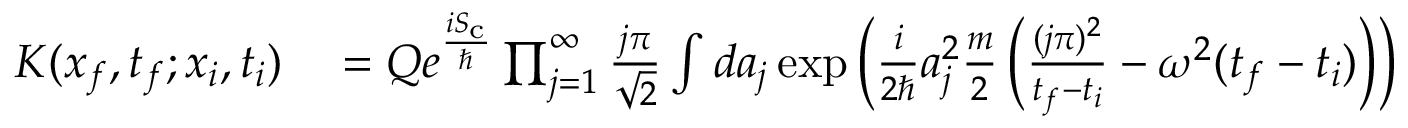
\begin{array} { r l } { K ( x _ { f } , t _ { f } ; x _ { i } , t _ { i } ) } & { { } = Q e ^ { \frac { i S _ { \mathrm { c } } } { \hbar } } \prod _ { j = 1 } ^ { \infty } { \frac { j \pi } { \sqrt { 2 } } } \int d a _ { j } \exp { \left( { \frac { i } { 2 \hbar } } a _ { j } ^ { 2 } { \frac { m } { 2 } } \left( { \frac { ( j \pi ) ^ { 2 } } { t _ { f } - t _ { i } } } - \omega ^ { 2 } ( t _ { f } - t _ { i } ) \right) \right) } } \end{array}